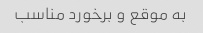
به موقع و برخورد مناسب